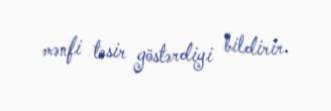
mənfi təsir göstərdiyi bildirir.